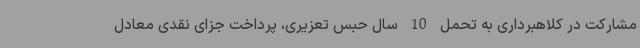
مشارکت در کلاهبرداری به تحمل 10 سال حبس تعزیری، پرداخت جزای نقدی معادل